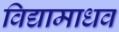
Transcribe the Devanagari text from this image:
विद्यामाधव